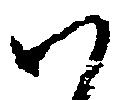
ハ